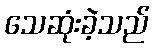
သေဆုံးခဲ့သည်